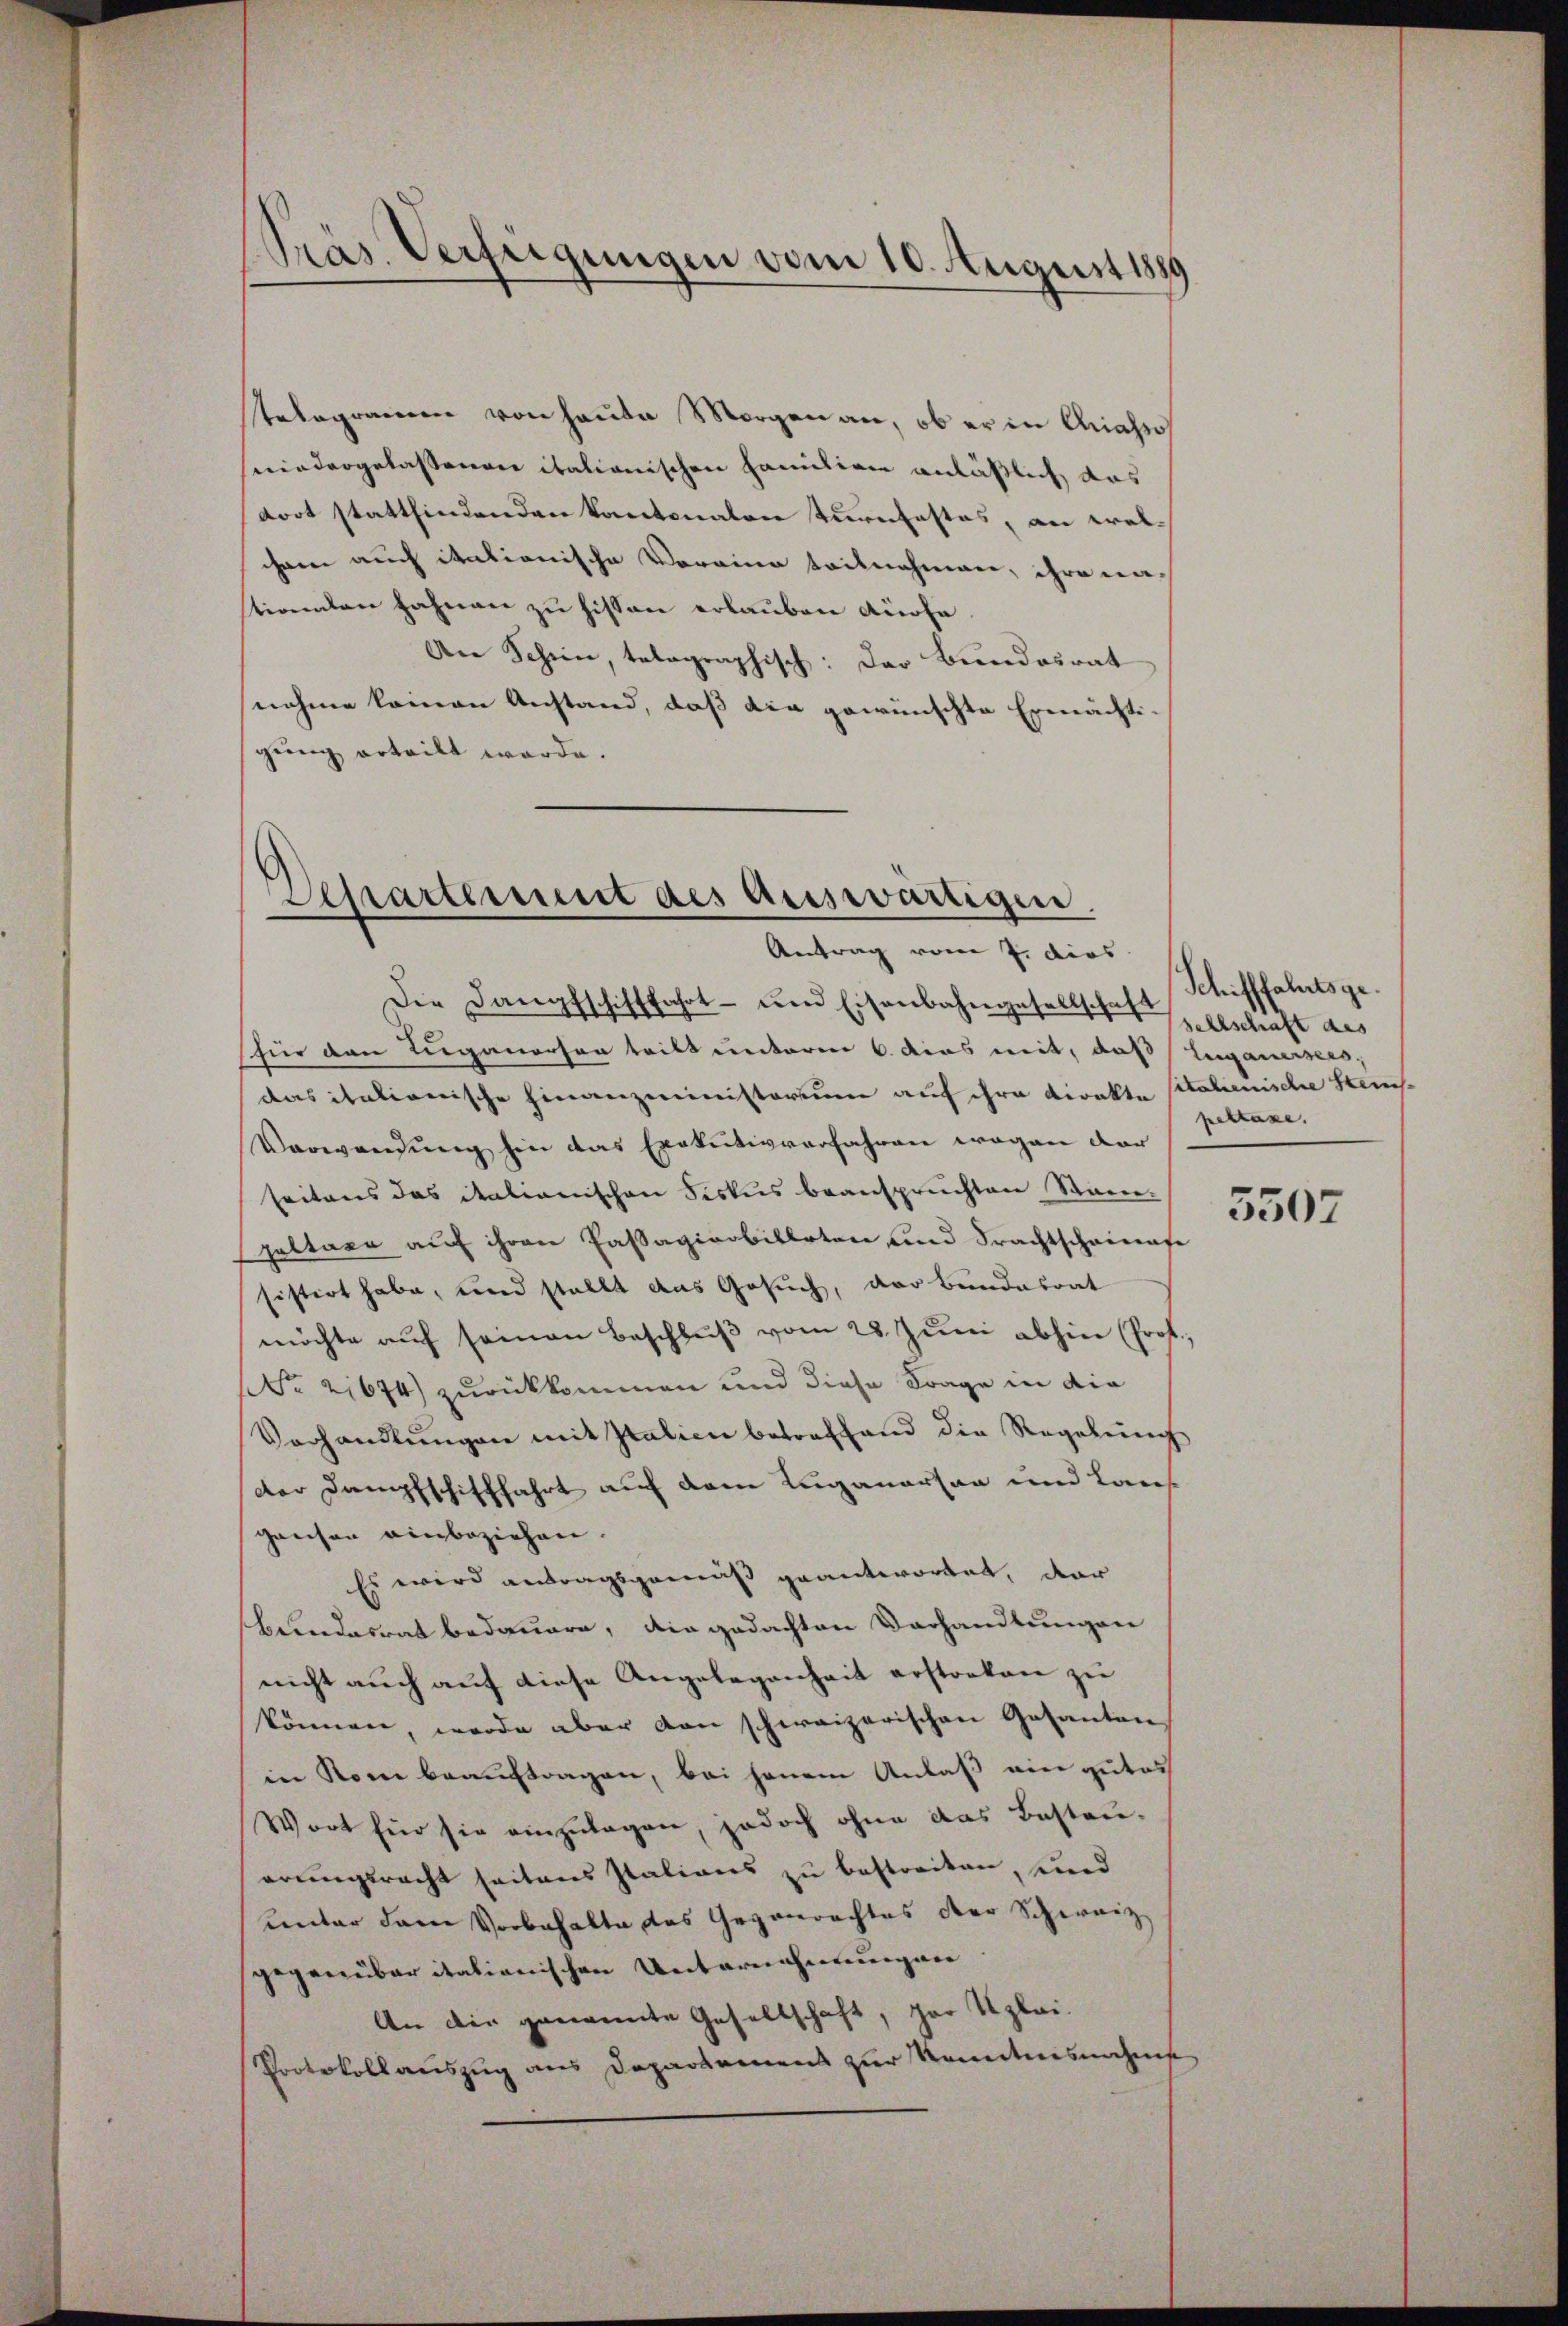
Präs. Verfügungen vom 10. August 1889

telegramm von heute Morgen an, ob er in Grassos
niedergelassenen italionischen Familien anläßlich das
dort stattfindenden Kantonaler Turnfestes, an wel-
ihren auch itationische Voreine teilnahmen, ihre na-
tionalen Hahnen zu hissen erlauben Küche,
An Schien, telographisch: Das Bundesrat
nahme keinen Anstand, daß die gewünschte Ermächtigung erteilt werde.

Departement des Auswärtigen.
Antrag vom 7. dies

Die Langsschifffahrt ŭm Eisenbahngesellschaft
für den Luganorten tritt unterm 6. dies mit, daß erganises,
das italionische Finanzministerium auf ihre Direkte sitalienische Stein-
Verwendung hin das Exekutivverfahren wegen dar
seitens das italienischen Fiskus beanspruchten Stanpultaxe auf ihren Passagiorbilleten und Frachtscheinafe
sistirt habe, und stellt das Gesuch, der Bundesrat
möchte auf seinen Beschluß vom 28. Juni abhin (Prof.
Nr. 21674) zurückkommen und diese Frage in die
Vorhandlŭngen mit Italien betreffend die Regelung
der Dampfschifffahrt auf dem Luganorten und Laus
gaesen einbeziehen.
Es wird antragsgemäß geantwortet, dar
bundesrat bedauern, die gedachten Vorhandlungen
nicht auch auf diese Angelegenheit erstorben zu
können, werde aber dan schweizerischen Gesantenin Rom beauftragen, bei jenem Anlaß ein gutes
Wort für sie einzulagen, jedoch ohne das Besteuerungsrecht seitens Italions zu bestreiten, und
unter dem Vorbehalte das Gegenrechtes der Schweiz
gegenüber italienischen Unternehmungen
An die genannte Gesellschaft, gar Uzlai.
Protokollauszug aus Departamens zur Kenntnisnahme

Schifffahrtsge
sehlschaft des
pettaxe. |

5507